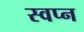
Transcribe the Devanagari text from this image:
स्‍वप्‍न